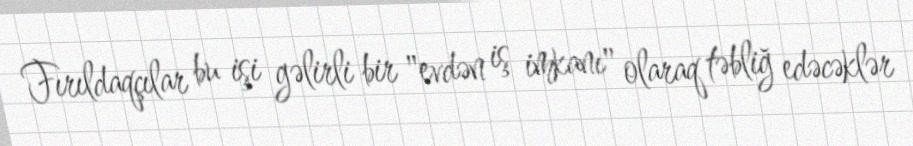
Fırıldaqçılar bu işi gəlirli bir "evdən iş imkanı" olaraq təbliğ edəcəklər